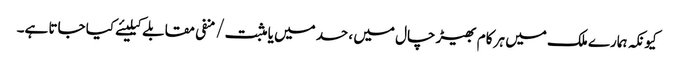
کیونکہ ہمارے ملک میں ہر کام بھیڑ چال میں ، حسد میں یا مثبت/منفی مقابلے کیلیئے کیا جاتا ہے۔